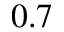
0 . 7